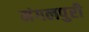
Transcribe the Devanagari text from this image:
मंगलपुरी